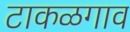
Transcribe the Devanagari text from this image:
टाकळगाव